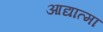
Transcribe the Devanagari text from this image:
आद्यात्मा